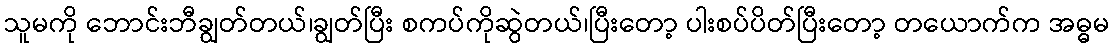
သူမကို ဘောင်းဘီချွတ်တယ်၊ချွတ်ပြီး စကပ်ကိုဆွဲတယ်၊ပြီးတော့ ပါးစပ်ပိတ်ပြီးတော့ တယောက်က အဓ္ဓမ